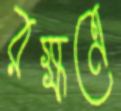
রক্ষত্রে